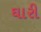
ઘારી